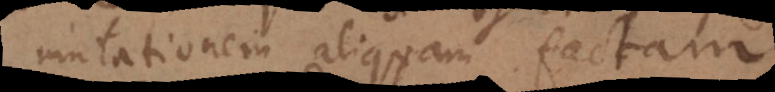
mutationem aliquam factam